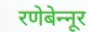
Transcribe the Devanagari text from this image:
रणेबेन्नूर